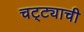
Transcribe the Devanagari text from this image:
चट्ट्याची